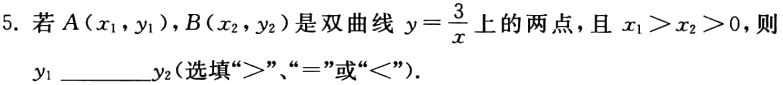
5. 若\(A(x_{1},y_{1}),B(x_{2},y_{2})\)是双曲线\(y = \frac{3}{x}\)上的两点，且\(x_{1}>x_{2}>0\)，则\(y_{1}\)________\(y_{2}\)(选填“\(>\)”、“\(=\)”或“\(<\)”).